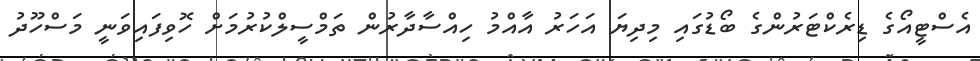
އެސްޓީއޯގެ ޑިރެކްޓަރުންގެ ބޯޑުގައި މިދިޔަ އަހަރު އާއްމު ހިއްސާދާރުން ތަމްސީލްކުރުމަށް ހޮވިފައިވަނީ މަސްހޫދު